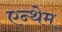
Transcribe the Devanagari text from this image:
एन्थेम